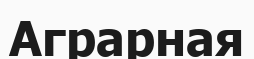
Аграрная